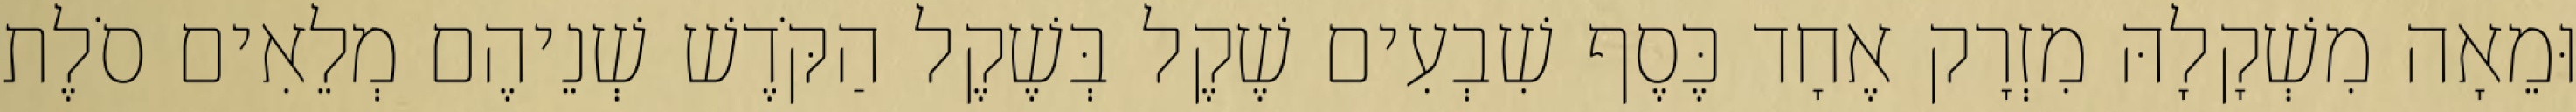
וּמֵאָה מִשְׁקָלָהּ מִזְרָק אֶחָד כֶּסֶף שִׁבְעִים שֶׁקֶל בְּשֶׁקֶל הַקֹּדֶשׁ שְׁנֵיהֶם מְלֵאִים סֹלֶת